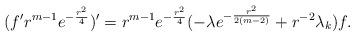
LaTeX: \begin{align*}(f^{\prime} r^{m-1}e^{-\frac{r^2}{4}})^\prime=r^{m-1}e^{-\frac{r^2}{4}}(-\lambda e^{-\frac{r^2}{2(m-2)}}+r^{-2}\lambda_k)f.\end{align*}